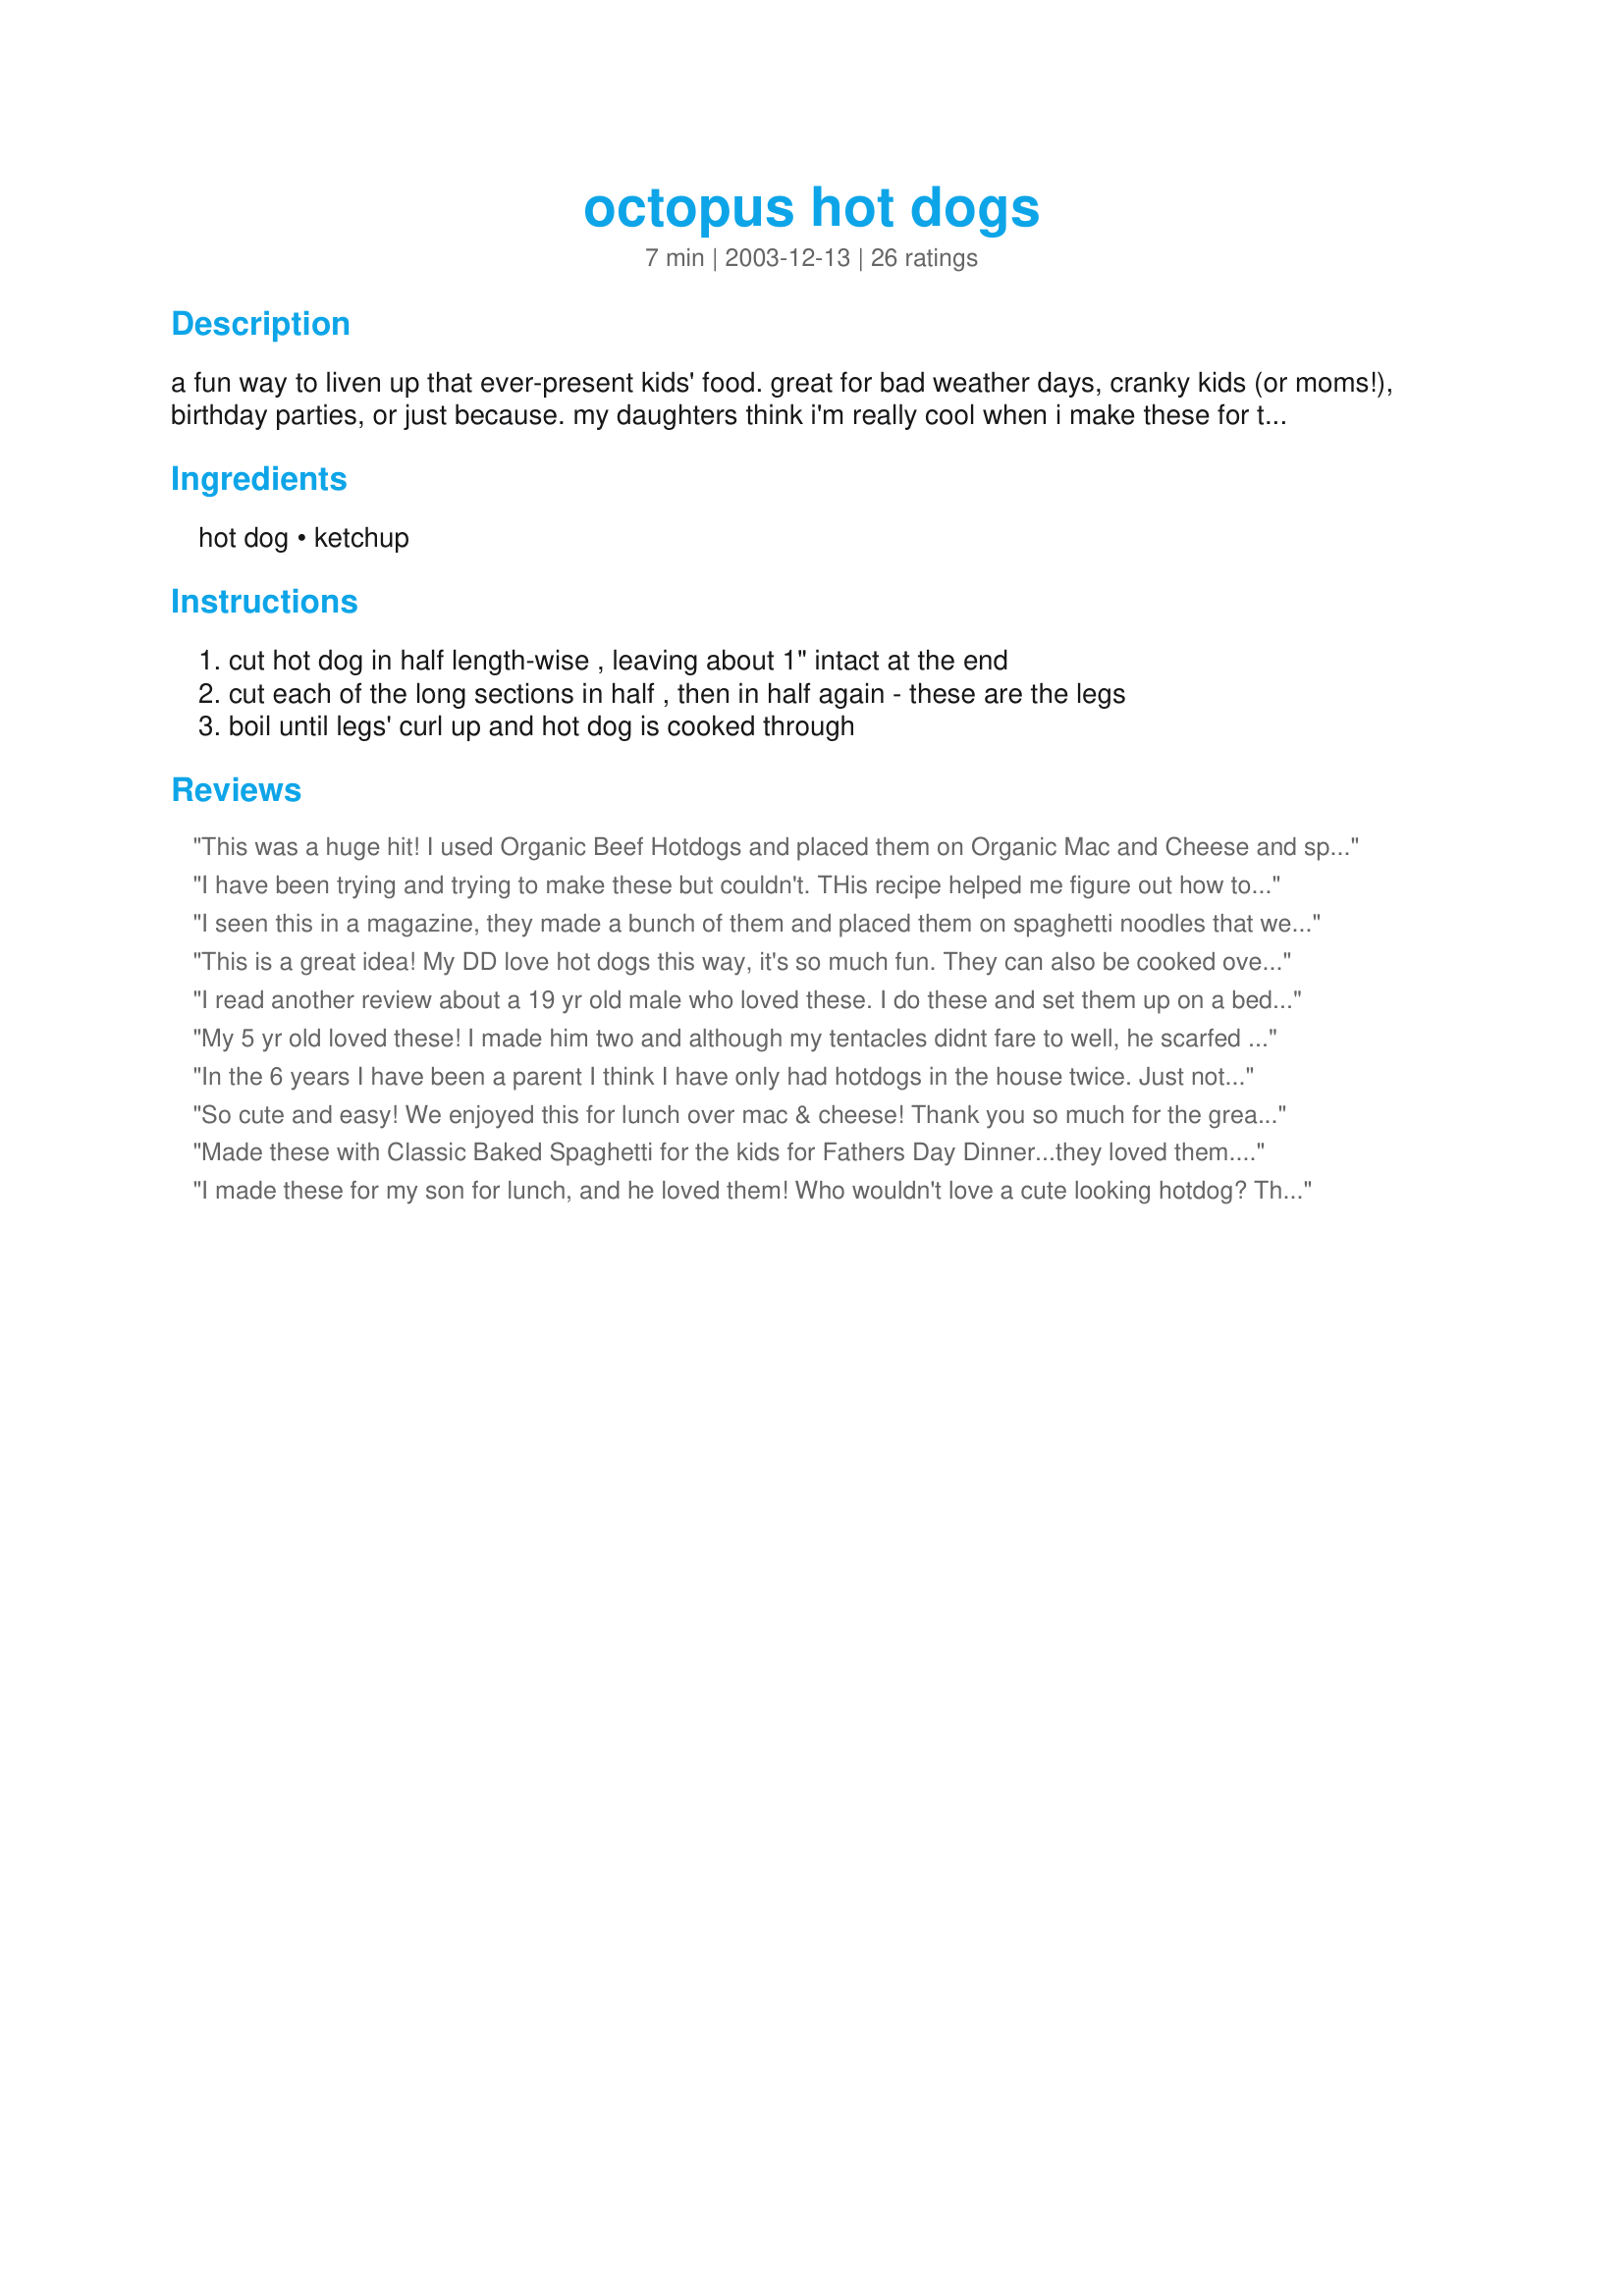
octopus hot dogs
Preparation time: 7 minutes

a fun way to liven up that ever-present kids' food. great for bad weather days, cranky kids (or moms!), birthday parties, or just because. my daughters think i'm really cool when i make these for them. :o)

Ingredients:
hot dog, ketchup

Steps:
cut hot dog in half length-wise , leaving about 1" intact at the end, cut each of the long sections in half , then in half again - these are the legs, boil until legs' curl up and hot dog is cooked through

Reviews:
This was a huge hit! I used Organic Beef Hotdogs and placed them on Organic Mac and Cheese and sprinkeled some Goldfish crackers on the mac. A very picky and three year old that eats like a bird, ate EVERYTHING on his plate so that he could get another octopus! Great Recipe!!!
I have been trying and trying to make these but couldn't. THis recipe helped me figure out how to curl the legs. THANKS!
I seen this in a magazine, they made a bunch of them and placed them on spaghetti noodles that were cooked in green water to turn then green and they used mustard to draw a face on them SO CUTE, especially for the birthday party idea!
This is a great idea!
My DD love hot dogs this way, it's so much fun. They can also be cooked over a campfire on a stick this way, or grilled.
Thanks for posting a great technique Winkki!
I read another review about a 19 yr old male who loved these. I do these and set them up on a bed of mac and cheese with little fish crackers. Dab dots for eyes and a line for the mouth. My kids think they are wonderful!! They chow it!
My 5 yr old loved these! I made him two and although my tentacles didnt fare to well, he scarfed them down. Thanks for a cute idea! :)
In the 6 years I have been a parent I think I have only had hotdogs in the house twice. Just not something I buy. But while I was gone someone obviously did as I found them in my fridge! The kids loved these. Though my son did comment on the fact that I had not cut enough legs!
So cute and easy! We enjoyed this for lunch over mac & cheese! Thank you so much for the great idea!
Made these with Classic Baked Spaghetti for the kids for Fathers Day Dinner...they loved them....
I made these for my son for lunch, and he loved them! Who wouldn't love a cute looking hotdog? Thank you for reminding me of my own childhood. Hope you like the pic!
I remember being mother to four younger siblings while mamma was away at her "canning-factory" job. Anyone with younger siblings knows how difficult it was to be a "parent" at age 10. Imagination was key in the preparation of gourmet meals, hot dogs, nothwithstanding...where were you, winkki, when creativity failed me?
Woah, this was fun to make for my younger brother for whom I have been playing momma since the last few days. He laughed and ate 'em all. Thank you so much for the creative idea! BTW, my bro is 19 and if he loved these, I'm sure everyone will:) Thanks again for the fun idea!
These are so quick and easy to fix, and the kids love 'em! I nuked them in the microwave for 17 seconds, and my twins were all giggles when I served them! Thanks for posting this, Winkki!
These are so much fun! I atually make them over the bon fire. Same sort of idea without the boiling part. I cut them the same, then poke a long stick through the "head" part. The legs still curl up. My kids love them!
This is an awesome idea.
These are too cute. I served them over baked mac and cheese for my picky DH2B who's 25. Haha
my kids love these. [lol] i found this idea once in a magazine.. kraft kitchens or something. so cute.. i l've put them on top of kraft dinner, or just made them for a snack. :)
I've been wanting to try this for a while. My daughter isnt' yet 3 so I wasn't sure if she would like it. I made one cut on the first side but two on the 2nd side. (it was a larger sized dog). That way I got 6 legs which looked pretty realistic. She ate it all as well as the plain noodles that I served smothered in ketchup.
Made these for my kids one day as a surprise and they thought they were really neat. Being a perfectionist, I did have to make 8 legs but that's just me! An easy way to add some fun to lunch.
Haven't tried this, but how can you go wrong? This is too cute and although I don't have any I could see how any kid (including myself--even though I'm 20 years old) could love this!
These are just completely adorable!
I made these today for lunch and my four kids thought they were the coolest thing ever! Especially since we just got back from the coast... they're very interested in sea life right now. Thanks for sharing!
Cute and easy! The kids thought these were great. Thanks, winkki!
Thank you for sharing this idea. It was a real hit with my little one.
I actually have this recipe in a kid's cookbook my MIL bought. Only difference is that it suggested using ramen noodles as an "ocean" and making a mustard face on the octopus.
My 2 year old son's face lit up when he saw his plate. "What's that?" I asked. And he knew right away it was an octopus. Simple and fun.
